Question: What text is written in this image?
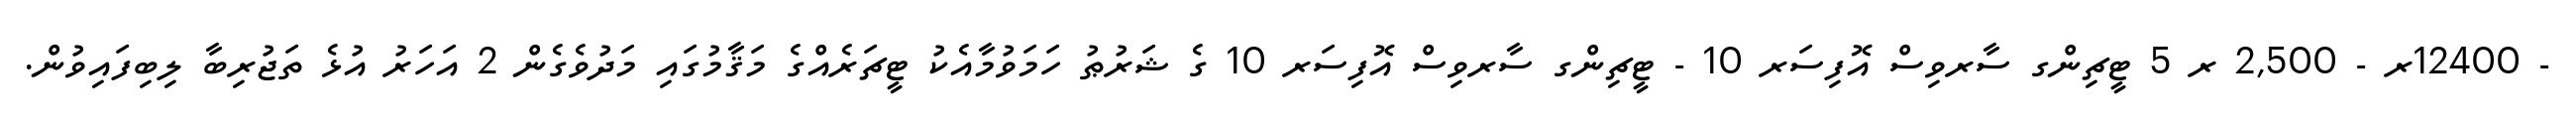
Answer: - 12400ރ - 2,500 ރ 5 ޓީޗިންގ ސާރވިސް އޮފިސަރ 10 - ޓީޗިންގ ސާރވިސް އޮފިސަރ 10 ގެ ޝަރުޠު ހަމަވުމާއެކު ޓީޗަރެއްގެ މަޤާމުގައި މަދުވެގެން 2 އަހަރު އުޅެ ތަޖުރިބާ ލިބިފައިވުން.